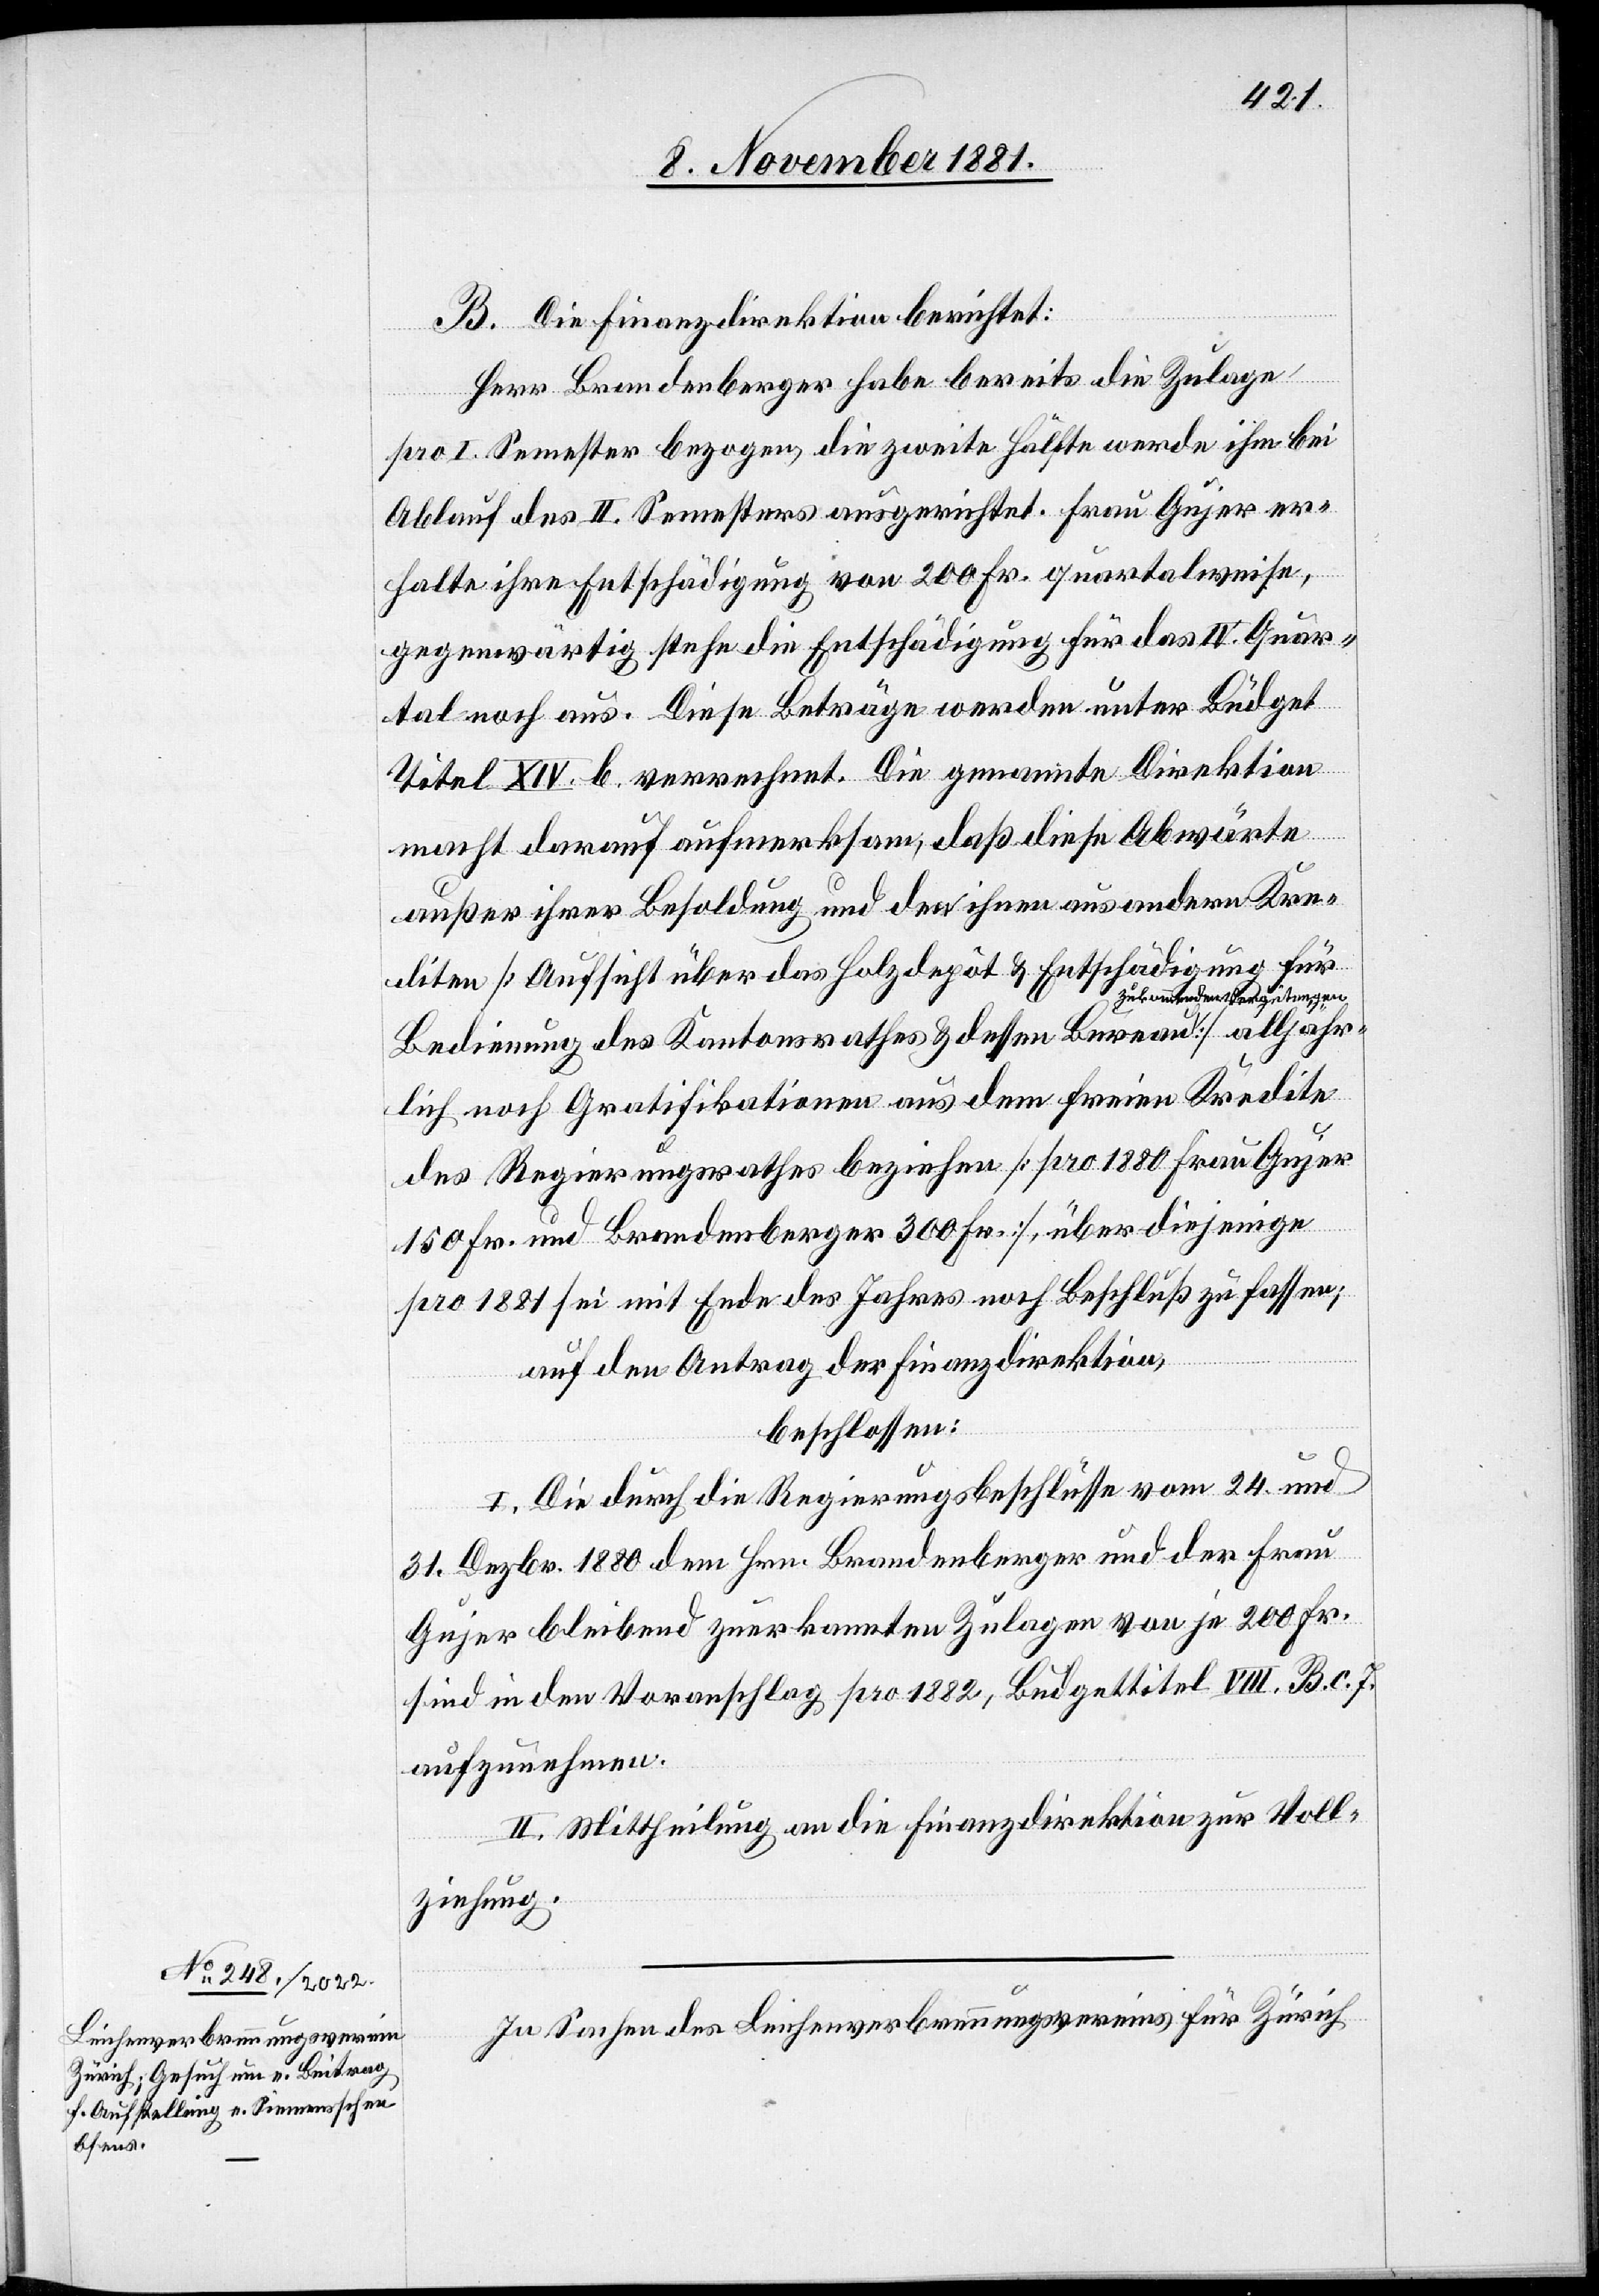
B. Die Finanzdirektion berichtet:
Herr Brandenberger habe bereits die Zulage
pro I. Semester bezogen, die zweite Hälfte werde ihm bei
Ablauf des II. Semesters ausgerichtet. Frau Gujer er¬
halte ihre Entschädigung von 200 Fr. quartalweise,
gegenwärtig stehe die Entschädigung für das IV. Quar¬
tal noch aus. Diese Beträge werden unter Büdget
Titel XIV. b. verrechnet. Die genannte Direktion
macht darauf aufmerksam, daß diese Abwärte
außer ihrer Besoldung und den ihnen aus andern Kre¬
diten [Aufsicht über das Holzdepôt & Entschädigung für
Bedienung des Kantonsrathes & dessen Bureau zukomm¬
lich noch Gratifikationen aus dem freien Kredite
des Regierungsrathes beziehen [pro 1880 Frau Gujer
150 Fr. und Brandenberger 300 Fr.], über diejenige
pro 1881 sei mit Ende des Jahres noch Beschluß zu fassen;
jähr¬
auf den Antrag der Finanzdirektion,
beschlossen:
I. Die durch die Regierungsbeschlüsse vom 24. und
31. Dezbr. 1880 dem Hrn. Brandenberger und der Frau
Gujer bleibend zuerkannten Zulagen von je 200 Fr.
sind in den Voranschlag pro 1882, Budgettitel VIII. B. c. 7.
aufzunehmen.
II. Mittheilung an die Finanzdirektion zur Voll¬
ziehung.
In Sachen des Leichenverbrennungsvereins für Zürich